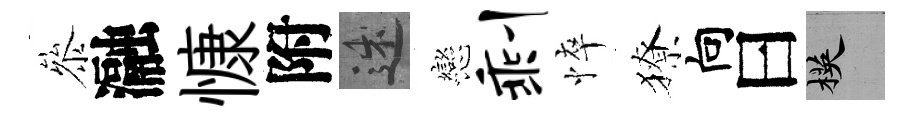
叅瀜慷附述戀剩悴獠向曰楧